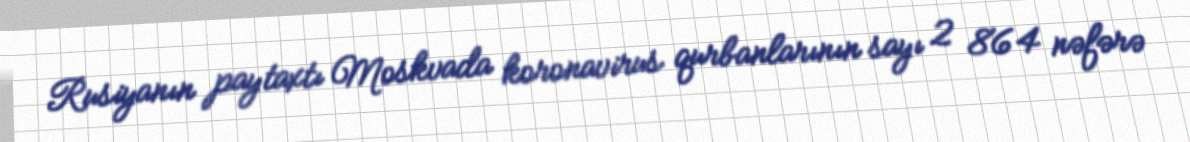
Rusiyanın paytaxtı Moskvada koronavirus qurbanlarının sayı 2 864 nəfərə